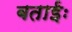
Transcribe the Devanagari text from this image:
बताईः